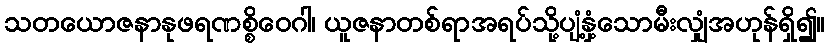
သတယောဇနာနုဖရဏစ္စိဝေဂါ၊ ယူဇနာတစ်ရာအရပ်သို့ပျံ့နှံ့သောမီးလျှံအဟုန်ရှိ၍။